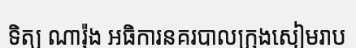
ទិត្យ ណារ៉ុង អធិការនគរបាលក្រុងសៀមរាប